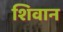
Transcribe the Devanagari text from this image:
शिवान